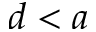
d < a